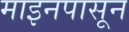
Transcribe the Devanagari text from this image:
माइनपासून